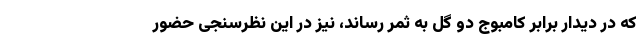
که در دیدار برابر کامبوج دو گل به ثمر رساند، نیز در این نظرسنجی حضور